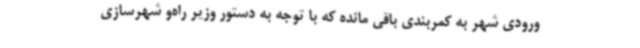
ورودی شهر به کمربندی باقی مانده که با توجه به دستور وزیر راه‌و شهرسازی